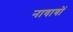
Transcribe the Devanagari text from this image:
नावाबों